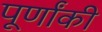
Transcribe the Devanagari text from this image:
पूर्णांकी